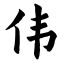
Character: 伟